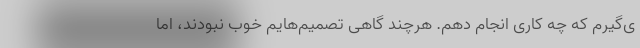
ی‌گیرم که چه کاری انجام دهم. هرچند گاهی تصمیم‌هایم خوب نبودند، اما